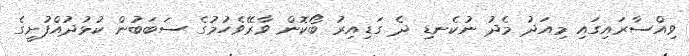
ވިއްސާރައިގައި މިއަދު މެދު ނުކެނޑި ދެ ގަޑިއިރު ބޯކޮން ވާރޭވެހުމުގެ ސަބަބުން ކުޅުދުއްފުށީގެ